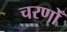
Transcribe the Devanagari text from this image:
चरणोँ